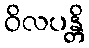
ဝိလပန္တိ